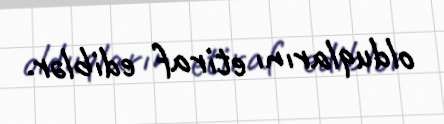
olduqlarını etiraf ediblər.